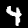
Digit: 4